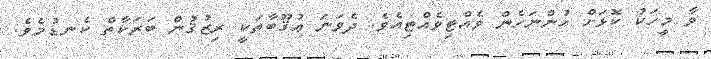
ވާ މީހަކު ކޮޅަށް ހުންނަހެން ވެއްޓިވެއްޓިއެވެ. ދެވަނަ ޢުޤޫބާތަކީ ރިޒުޤުން ބަރަކާތް ކެނޑުމެވެ.